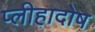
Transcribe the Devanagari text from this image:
प्लीहादोष